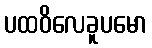
ပထဝိလေခူပမော